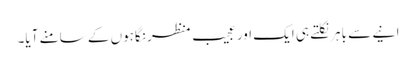
انیے سے باہر نکلتے ہی ایک اور عجیب منظر نگاہوں کے سامنے آیا۔